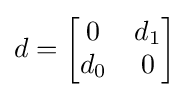
d={\begin{bmatrix}0&d_{1}\\d_{0}&0\end{bmatrix}}